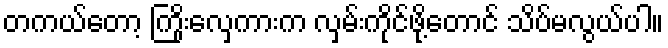
တကယ်တော့ ကြိုးလှေကားက လှမ်းကိုင်ဖို့တောင် သိပ်မလွယ်ပါ။